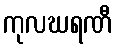
ကုလဃရဏီ